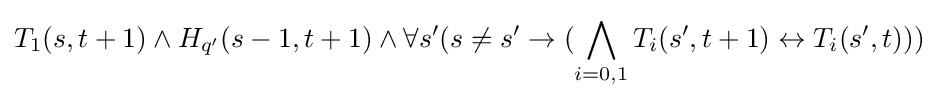
T_{1}(s,t+1)\land H_{q'}(s-1,t+1)\land \forall s'(s\neq s'\to (\bigwedge _{i=0,1}T_{i}(s',t+1)\leftrightarrow T_{i}(s',t)))